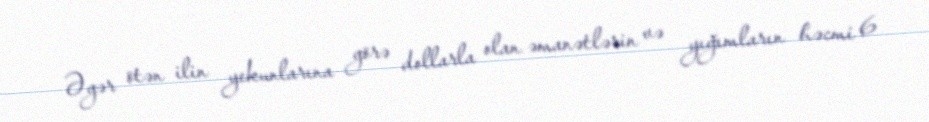
Əgər ötən ilin yekunlarına görə dollarla olan əmanətlərin və yığımların həcmi 6